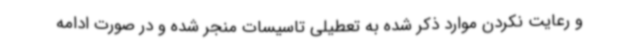
و رعایت نکردن موارد ذکر شده به تعطیلی تاسیسات منجر شده و در صورت ادامه